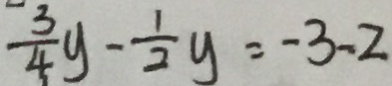
\frac { 3 } { 4 } y - \frac { 1 } { 2 } y = - 3 - 2